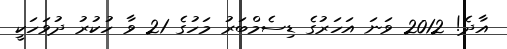
އާދެ! 2012 ވަނަ އަހަރުގެ ޑިސެމްބަރު މަހުގެ 21 ވާ ހުކުރު ދުވަހަކީ